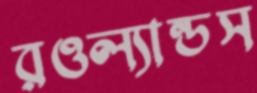
রওল্যান্ডস